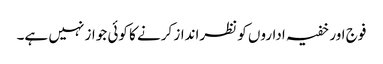
فوج اور خفیہ اداروں کو نظرانداز کرنے کا کوئی جواز نہیں ہے۔